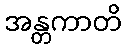
အန္တကာတိ